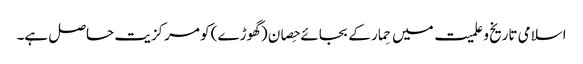
اسلامی تاریخ و علمیت میں حِمار کے بجائے حِصان (گھوڑے) کو مرکزیت حاصل ہے۔